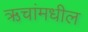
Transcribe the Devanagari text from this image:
ऋचांमधील